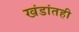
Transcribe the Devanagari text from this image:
खंडांतही